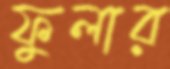
ফুলার